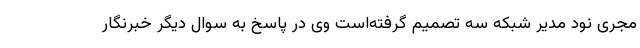
مجری نود مدیر شبکه سه تصمیم گرفته‌است وی در پاسخ به سوال دیگر خبرنگار